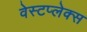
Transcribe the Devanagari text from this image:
वेस्टप्लेक्स